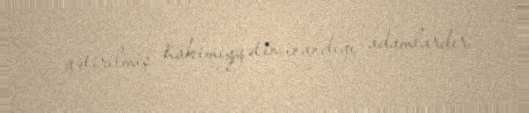
gətirilmiş hakimiyyətin inandığı adamlardır.